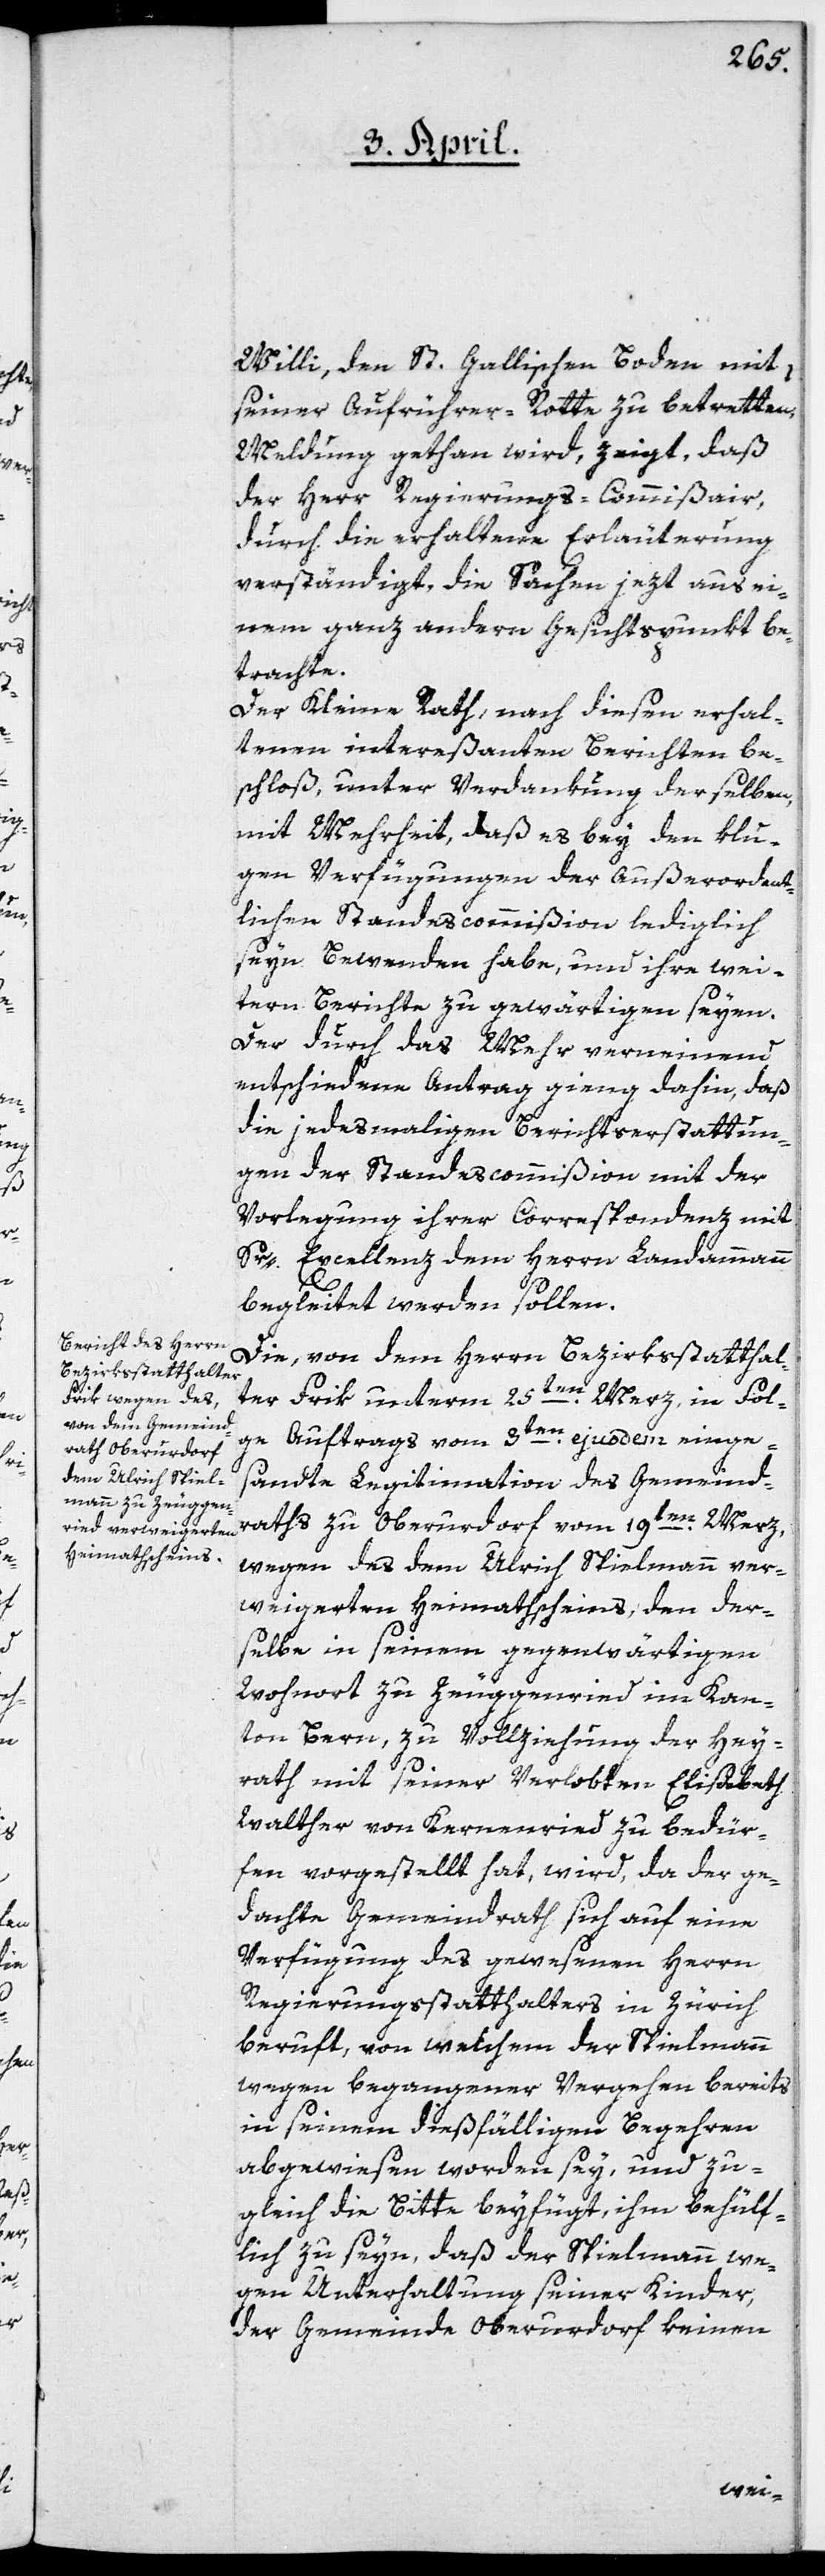
Willi, den St. Gallischen Boden mit
seiner Aufrührer-Rotte zu betretten,
Meldung gethan wird, zeigt, daß
der Herr Regierungs-Commißair
durch die erhaltene Erläuterung
verständigt, die Sachen jezt aus ei¬
nem ganz andern Gesichtspunkt be¬
trachte.
Der Kleine Rath, nach diesen erhal¬
tenen intereßanten Berichten be¬
schloß, unter Verdankung derselben,
mit Mehrheit, daß es bey den klu¬
gen Verfügungen der Außerordent¬
lichen Standescommißion lediglich
seyn Bewenden habe, und ihre wei¬
tern Berichte zu gewärtigen seyen.
Der durch das Mehr verneinend
entschiedene Antrag gieng dahin, daß
die jedesmaligen Berichtserstattun¬
gen der Standescommißion mit der
Vorlegung ihrer Correspondenz mit
Sr. Excellenz dem Herrn Landammann
begleitet werden sollen.
Die, von dem Herrn Bezirksstatthal¬
ter Frik unterm 25ten Merz, in Fol¬
ge Auftrags vom 3ten ejusdem einge¬
sandte Legitimation des Gemeind¬
raths zu Oberurdorf vom 19ten Merz,
wegen des dem Ulrich Spielmann ver¬
weigerten Heimathscheins, den der¬
selbe in seinem gegenwärtigen
Wohnort zu Zeuggenried im Kan¬
ton Bern, zu Vollziehung der Hey¬
rath mit seiner Verlobten Elisabeth
Walther von Kernenried zu bedür¬
fen vorgestellt hat, wird, da der ge¬
dachte Gemeindrath sich auf eine
Verfügung des gewesenen Herrn
Regierungsstatthalters in Zürich
beruft, von welchem der Spielmann
wegen begangener Vergehen bereits
in seinem dießfälligen Begehren
abgewiesen worden sey, und zu¬
gleich die Bitte beyfügt, ihm behülf¬
lich zu seyn, daß der Spielmann we¬
gen Unterhaltung seiner Kinder,
der Gemeinde Oberurdorf keinen